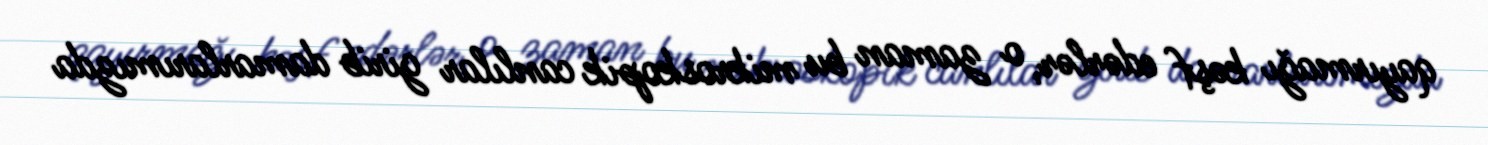
qayırmağı kəşf edərlər, o zaman bu mikroskopik canlılar girib damarlarımızda